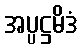
အပ္ပဋ္ဌမိဒံ